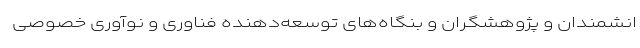
انشمندان و پژوهشگران و بنگاه‌های توسعه‌دهنده فناوری و نوآوری خصوصی